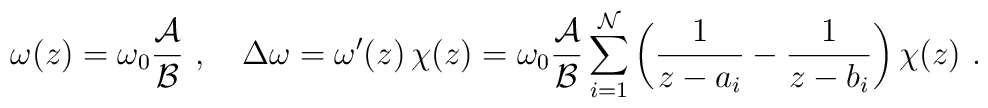
\omega(z)=\omega_0 {{\cal A}\over{\cal B}}\ , \quad \Delta \omega=\omega'(z)\,\chi(z) = \omega_0 {{\cal A}\over {\cal B}} \sum_{i=1}^{\cal N}\left( {1\over z-a_i}-{1\over z-b_i} \right) \chi(z)\ .